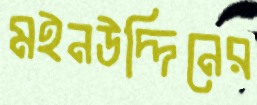
মইনউদ্দিনের